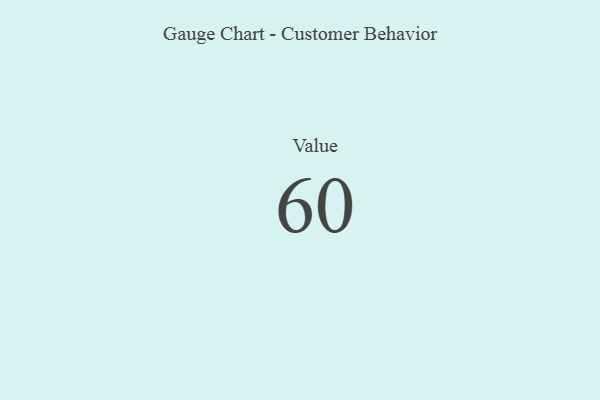
{"axis": {"x": "Metric", "y": "Value"}, "legend": [""], "data": [{"x": "Value", "y": 60, "type": ""}]}